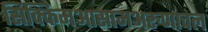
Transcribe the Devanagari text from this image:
सिक्किमआसामअरुणाचल